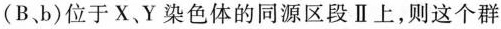
(B、b)位于X、Y染色体的同源区段Ⅱ上，则这个群